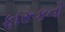
ફારૂકનો